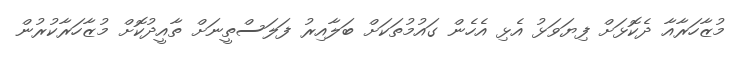
މުޒާހަރާއާ ދެކޮޅަށް ފިޔަވަޅު އެޅި އެހެން ގައުމުތަކަށް ބަލާއިރު ފަލަސްތީނަށް ތާއީދުކޮށް މުޒާހަރާކުރުން